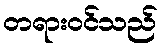
တရားဝင်သည်